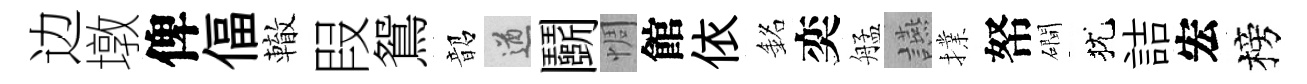
边墩俾偪轍叚鴛韶遒鬬惆館依銘奕艋讌擈帑磵犹詰宏榜